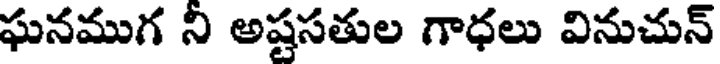
ఘనముగ ని అష్టసతుల గాధలు వినుచున్